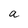
Character: a